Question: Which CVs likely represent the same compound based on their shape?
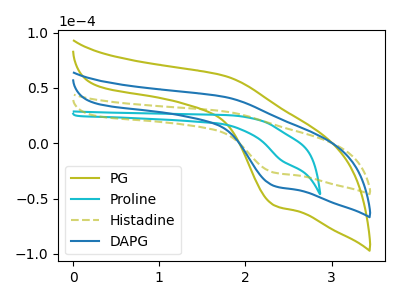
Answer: <think>The olive curve "PG" has an anodic peak at (1.75V, 83.75uA) and a cathodic peak at (2.35V, -77.30uA). The cyan curve "Proline" has a cathodic peak at: (2.40V, -15.00uA). The olive dashed curve "Histadine" has an anodic peak at (1.75V, 28.80uA) and a cathodic peak at (2.35V, -26.60uA). The blue curve "DAPG" has an anodic peak at (1.75V, 41.90uA) and a cathodic peak at (2.35V, -38.65uA).
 "PG" and "Proline" have a different number of peaks. All the peaks in "PG" have a peak in "Histadine" at the same potential. Every peak in "PG" is higher than every peak in "Histadine". All the peaks in "PG" have a peak in "DAPG" at the same potential. Every peak in "PG" is higher than every peak in "DAPG". "Proline" and "Histadine" have a different number of peaks. "Proline" and "DAPG" have a different number of peaks. All the peaks in "Histadine" have a peak in "DAPG" at the same potential. Every peak in "Histadine" is lower than every peak in "DAPG".</think>
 <answer>"Histadine", "PG" and "DAPG" have the same shape and are likely CV's of the same chemical.</answer>
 <eval>"Histadine" "PG" "DAPG"</eval>